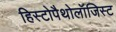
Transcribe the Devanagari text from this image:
हिस्टोपैथोलॉजिस्ट